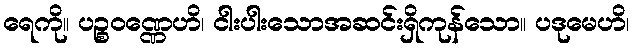
ရေကို။ ပဉ္စဝဏ္ဏေဟိ၊ ငါးပါးသောအဆင်းရှိကုန်သော။ ပဒုမေဟိ၊